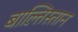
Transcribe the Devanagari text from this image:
बाल्तिस्तान